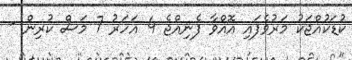
ކުޑަކުއްޖަކު މަރުވެފައި އޮއްވާ ފެނިއްޖެ 4 އަހަރު 7 މަސް ކުރިން -